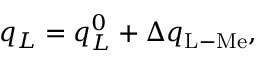
q _ { L } = q _ { L } ^ { 0 } + \Delta q _ { \mathrm { L - M e } } ,